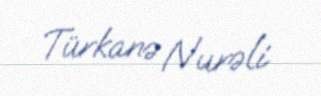
Türkanə Nurəli